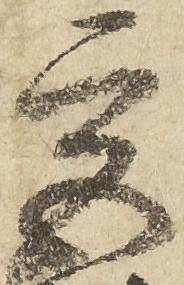
宮